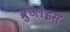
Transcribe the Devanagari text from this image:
ब्रुजोइस